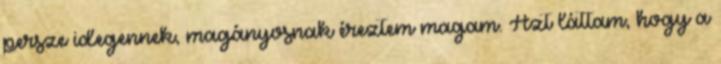
persze idegennek, magányosnak éreztem magam. Azt láttam, hogy a